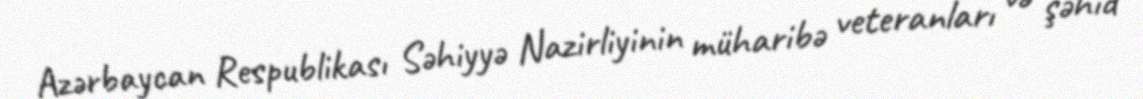
Azərbaycan Respublikası Səhiyyə Nazirliyinin müharibə veteranları və şəhid